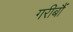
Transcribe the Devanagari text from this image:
गरीबौं